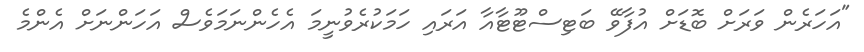
"އަހަރެން ވަރަށް ބޮޑަށް އުފާވޭ ބަޓިސްޓޫޓާއާ އަރައި ހަމަކުރެވުނީމަ އެހެންނަމަވެސް އަހަންނަށް އެންމެ